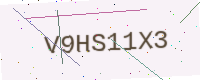
Text: V9HS11X3